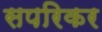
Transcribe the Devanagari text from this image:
सपरिकर